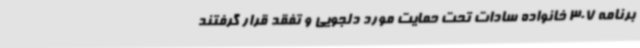
برنامه 307 خانواده سادات تحت حمایت مورد دلجویی و تفقد قرار گرفتند